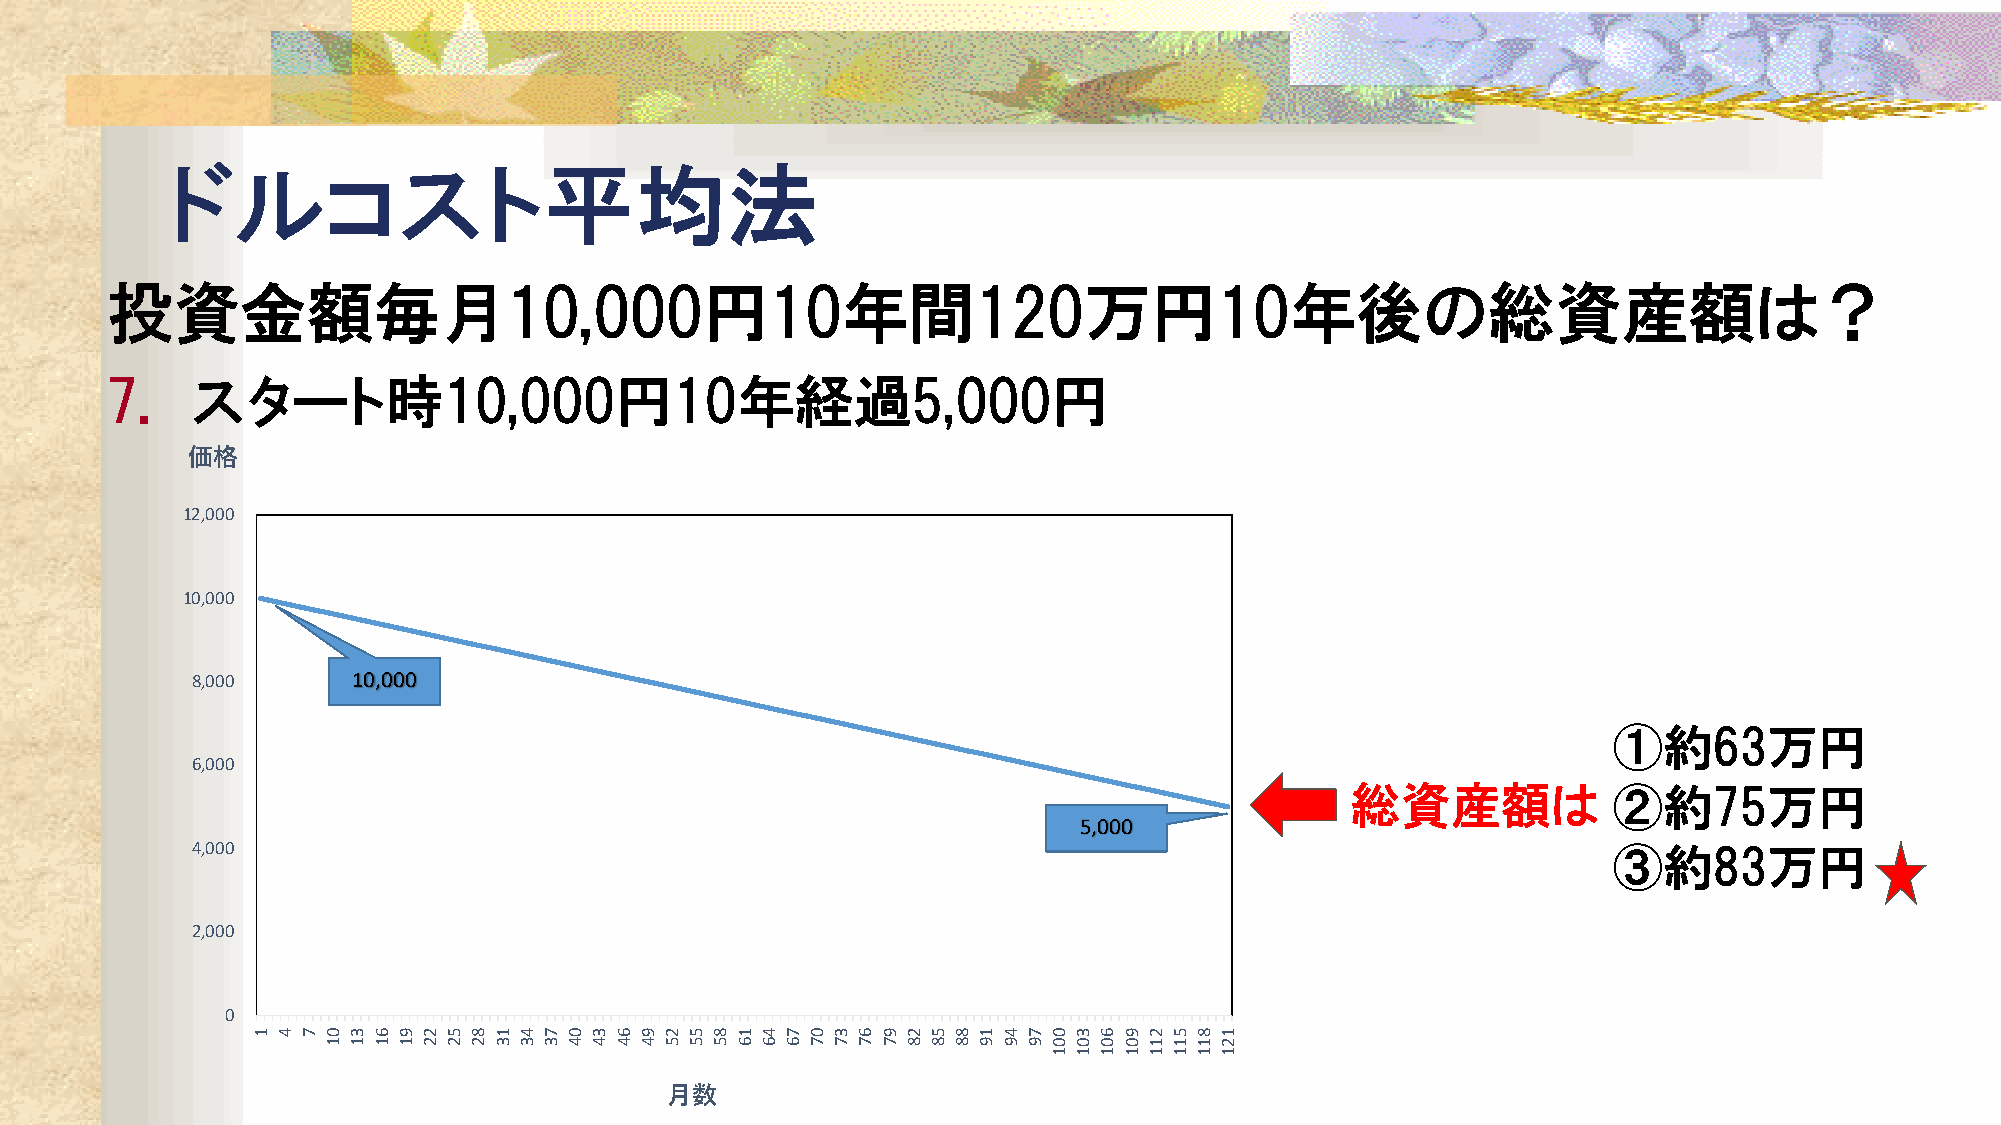
ドルコスト平均法
 投資金額毎月10,000円10年間120万円10年後の総資産額は？
 7.    スタート時10,000円10年経過5,000円
 価格
 12,000
 10,000
 8,000     10,000
 ①約63万円
 6,000
 総資産額は             ②約75万円
 5,000
 4,000                                                                                         ③約83万円
 2,000
 0
 月数
 1 4 7 01 31 61 91 22 52 82 13 43 73 04 34 64 94 25 55 85 16 46 76 07 37 67 97 28 58 88 19 49 79 001 301 601 901 211 511 811 121